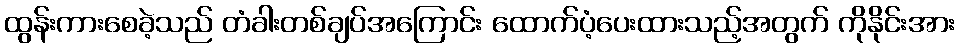
ထွန်းကားစေခဲ့သည် တံခါးတစ်ချပ်အကြောင်း ထောက်ပံ့ပေးထားသည့်အတွက် ကိုနိုင်းအား